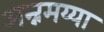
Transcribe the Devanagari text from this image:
अन्नमय्या